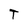
Character: T